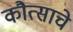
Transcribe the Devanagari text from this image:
कौत्साचे